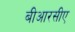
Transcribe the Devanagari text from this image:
बीआरसीए